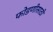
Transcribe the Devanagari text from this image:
फोडणीसाठी